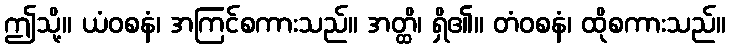
ဤသို့။ ယံဝစနံ၊ အကြင်စကားသည်။ အတ္ထိ၊ ရှိ၏။ တံဝစနံ၊ ထိုစကားသည်။